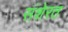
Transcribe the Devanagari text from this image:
संशेरत